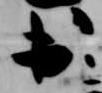
出